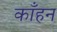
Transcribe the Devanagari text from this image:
काँहन